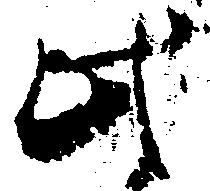
此